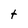
Character: t